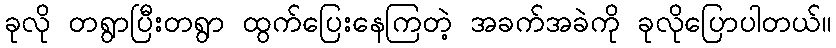
ခုလို တရွာပြီးတရွာ ထွက်ပြေးနေကြတဲ့ အခက်အခဲကို ခုလိုပြောပါတယ်။